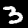
Digit: 3